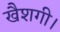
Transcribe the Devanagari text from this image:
खैशगी।